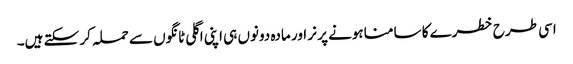
اسی طرح خطرے کا سامنا ہونے پر نر اور مادہ دونوں ہی اپنی اگلی ٹانگوں سے حملہ کر سکتے ہیں۔